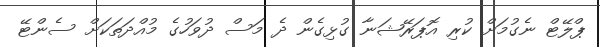
ޕްލޭޓް ނެގުމަށް ކުރި އޮޕަރޭޝަނާ ގުޅިގެން ދެ މަސް ދުވަހުގެ މުއްދަތަކަށް ސެންޓޭ